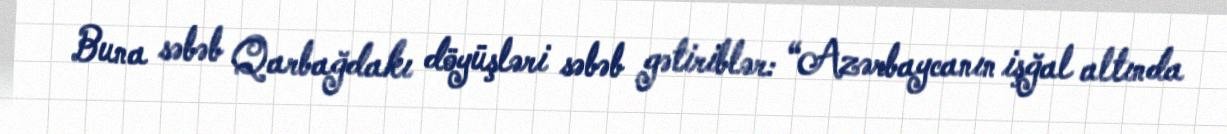
Buna səbəb Qarbağdakı döyüşləri səbəb gətiriblər: “Azərbaycanın işğal altında